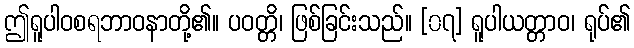
ဤရူပါဝစရဘာဝနာတို့၏။ ပဝတ္တိ၊ ဖြစ်ခြင်းသည်။ [၀၇] ရူပါယတ္တာဝ၊ ရုပ်၏